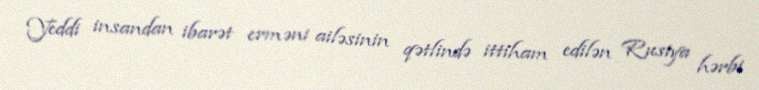
Yeddi insandan ibarət erməni ailəsinin qətlində ittiham edilən Rusiya hərbi